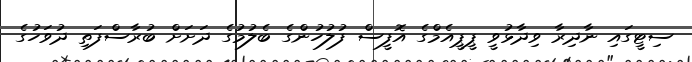
ސިޓީގައި ނާދިރާ ވިދާޅުވީ ޕީޕީއެމްގެ އޮފީސް ފުލުހުންގެ ބެލުމުގެ ދަށަށް ބުރާސްފަތި ދުވަހުގެ